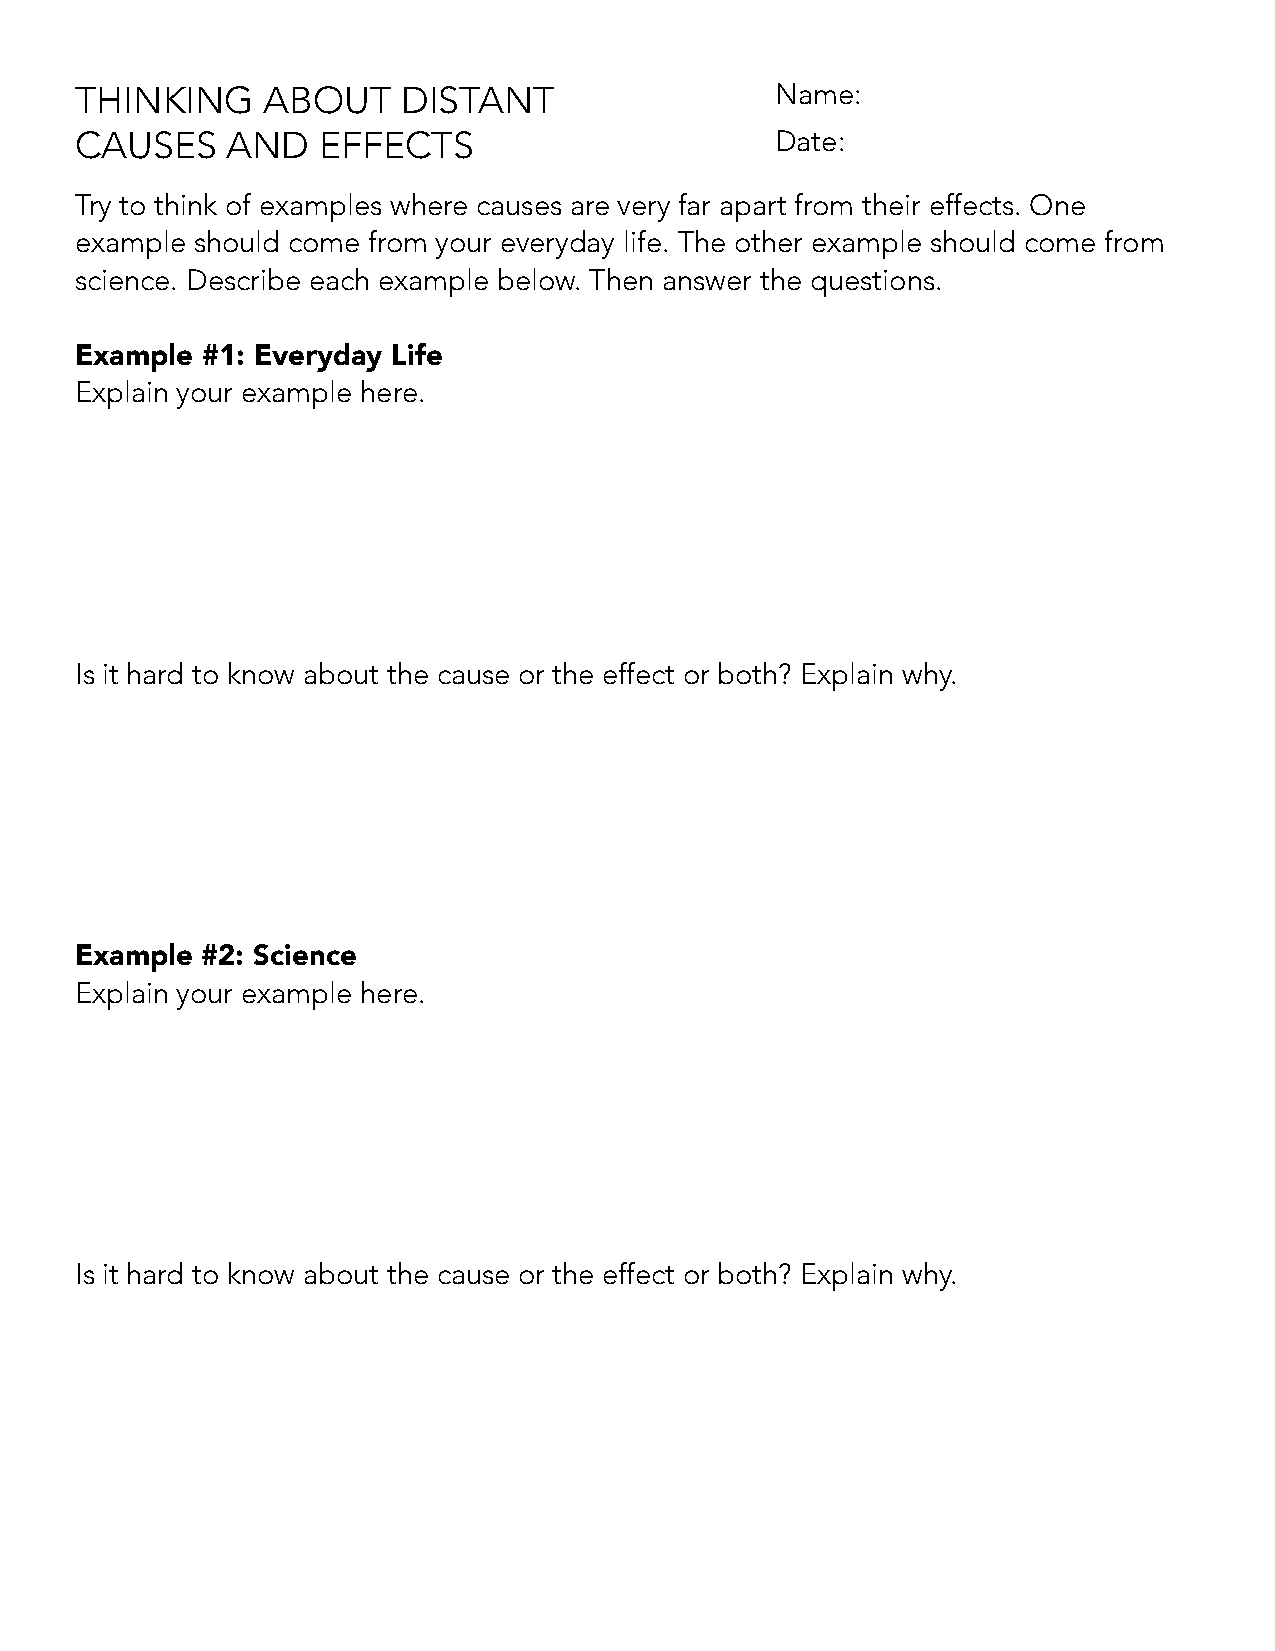
thinKing    aBout     Distant                 name:
 Causes    anD   eFFeCts                       Date:
 try to think of examples where causes are very far apart from their effects. one
 example should come from your everyday life. the other example should come from
 science. Describe each example below. then answer the questions.
 Example #1: Everyday Life
 explain your example here.
 is it hard to know about the cause or the effect or both? explain why.
 Example #2: Science
 explain your example here.
 is it hard to know about the cause or the effect or both? explain why.